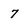
Character: 7